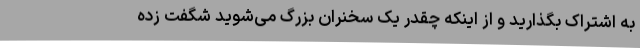
به اشتراک بگذارید و از اینکه چقدر یک سخنران بزرگ می‌شوید شگفت زده